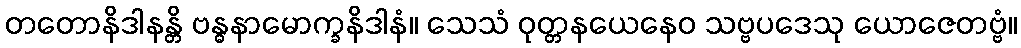
တတောနိဒါနန္တိ ဗန္ဓနာမောက္ခနိဒါနံ။ သေသံ ဝုတ္တနယေနေဝ သဗ္ဗပဒေသု ယောဇေတဗ္ဗံ။